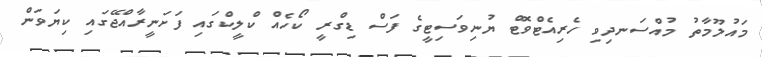
މައުލޫމާތު މުއްސަނދިވި ހެރިއެޓްވޮޓް ޔުނިވަސިޓީގެ ފަސް ޑިގްރީ ކޯހެއް ކްލީކްގައި ފަށަނީރާއްޖޭގައި ކިޔަވަން